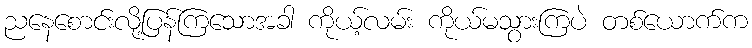
ညနေစောင်းလို့ပြန်ကြသောအခါ ကိုယ့်လမ်း ကိုယ်မသွားကြပဲ တစ်ယောက်က